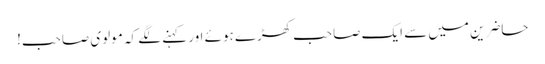
حاضرین میں سے ایک صاحب کھڑے ہوئے اور کہنے لگے کہ مولوی صاحب!